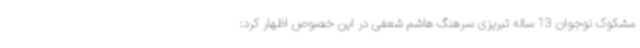
مشکوک نوجوان 13 ساله تبریزی سرهنگ هاشم شعفی در این خصوص اظهار کرد: